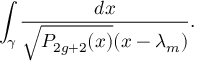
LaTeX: \int _ { \gamma } { \frac { d x } { \sqrt { P _ { 2 g + 2 } ( x ) } ( x - \lambda _ { m } ) } } .